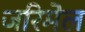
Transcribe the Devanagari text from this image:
जरिमेल